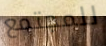
للمجتمع